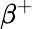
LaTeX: \beta^{+}